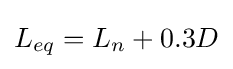
L_{eq}=L_{n}+0.3D